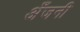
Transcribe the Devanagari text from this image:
अँजनी